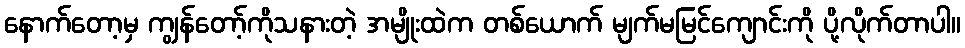
နောက်တော့မှ ကျွန်တော့်ကိုသနားတဲ့ အမျိုးထဲက တစ်ယောက် မျက်မမြင်ကျောင်းကို ပို့လိုက်တာပါ။